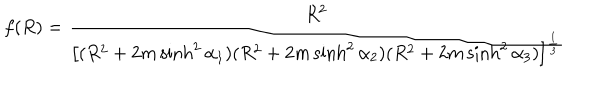
f ( R ) = \frac { R ^ { 2 } } { \left[ ( R ^ { 2 } + 2 m \sinh ^ { 2 } \alpha _ { 1 } ) ( R ^ { 2 } + 2 m \sinh ^ { 2 } \alpha _ { 2 } ) ( R ^ { 2 } + 2 m \sinh ^ { 2 } \alpha _ { 3 } ) \right] ^ { \frac 1 3 } }